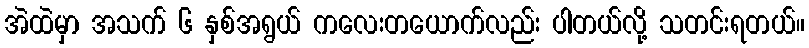
အဲထဲမှာ အသက် ၆ နှစ်အရွယ် ကလေးတယောက်လည်း ပါတယ်လို့ သတင်းရတယ်။